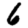
Digit: 6